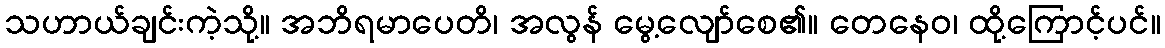
သဟာယ်ချင်းကဲ့သို့။ အဘိရမာပေတိ၊ အလွန် မွေ့လျော်စေ၏။ တေနေဝ၊ ထို့ကြောင့်ပင်။